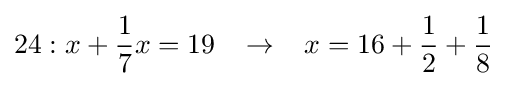
24:x+{\frac {1}{7}}x=19\;\;\;\rightarrow \;\;\;x=16+{\frac {1}{2}}+{\frac {1}{8}}